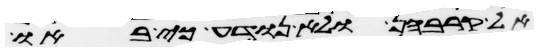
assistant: אל קרבהן ולא נודע כי באו